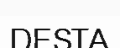
DESTA